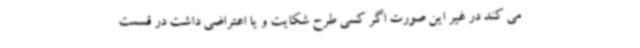
می کند در غیر این صورت اگر کسی طرح شکایت و یا اعتراضی داشت در قسمت